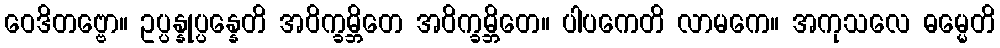
ဝေဒိတဗ္ဗော။ ဥပ္ပန္နုပ္ပန္နေတိ အဝိက္ခမ္ဘိတေ အဝိက္ခမ္ဘိတေ။ ပါပကေတိ လာမကေ။ အကုသလေ ဓမ္မေတိ